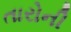
તારોની